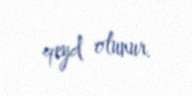
qeyd olunur.